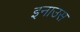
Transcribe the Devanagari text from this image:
इनाउस